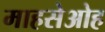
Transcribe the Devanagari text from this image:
माहसेओह